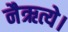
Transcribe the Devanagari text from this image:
नैऋत्ये।